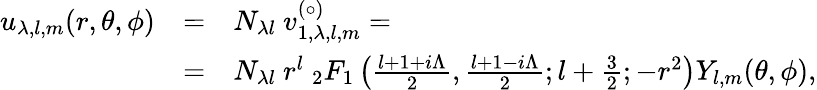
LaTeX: \begin{array}{rcl}{{u_{\lambda,l,m}(r,\theta,\phi)}}&{{=}}&{{N_{\lambda l}\ v_{1,\lambda,l,m}^{(\circ)}=}}\\ {{}}&{{=}}&{{N_{\lambda l}\ r^{l}\ _{2}F_{1}\left({\frac{l+1+i\Lambda}{2}},{\frac{l+1-i\Lambda}{2}};l+{\frac{3}{2}};-r^{2}\right)Y_{l,m}(\theta,\phi),}}\end{array}